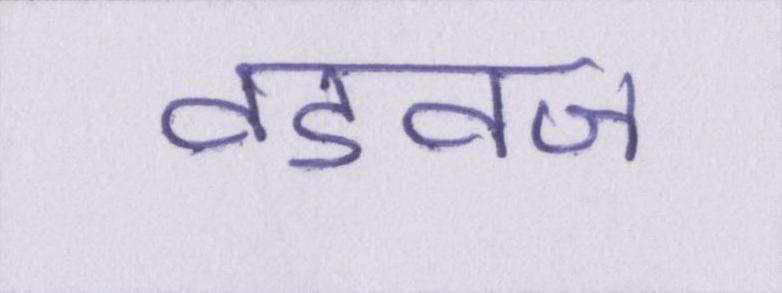
वडवज